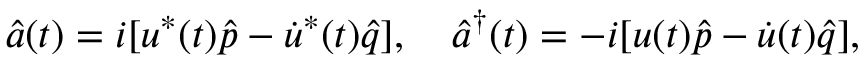
\hat { a } ( t ) = i [ u ^ { * } ( t ) \hat { p } - \dot { u } ^ { * } ( t ) \hat { q } ] , \quad \hat { a } ^ { \dagger } ( t ) = - i [ u ( t ) \hat { p } - \dot { u } ( t ) \hat { q } ] ,